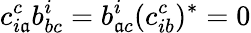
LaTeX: c_{i\mathfrak{a}}^{c}b_{bc}^{i}=b_{\mathfrak{a}c}^{i}(c_{ib}^{c})^{*}=0